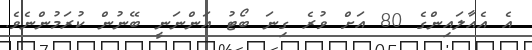
އެ އެއާލައިންގެ 80 އަށް ވުރެ ގިނަ ބޯޓު އަންނަނީ ބޭނުން ކުރަމުންނެވެ.